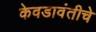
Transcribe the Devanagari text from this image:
केवडावंतीचे